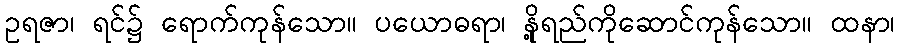
ဥရဇာ၊ ရင်၌ ရောက်ကုန်သော။ ပယောဓရာ၊ နို့ရည်ကိုဆောင်ကုန်သော။ ထနာ၊